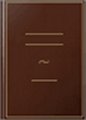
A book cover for The Usborne Book of Diggers and Cranes (Young Machines Series); Caroline, MPH Young; Children's Books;